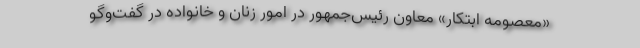
«معصومه ابتکار» معاون رئیس‌جمهور در امور زنان و خانواده در گفت‌وگو